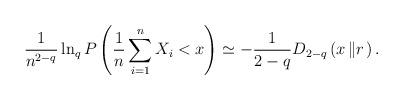
LaTeX: \begin{align*}\frac{1}{n^{2-q}}\ln_{q}P\left( \frac{1}{n}\sum_{i=1}^{n}X_{i}<x\right)\simeq-\frac{1}{2-q}D_{2-q}\left( x\left\Vert r\right. \right) .\end{align*}